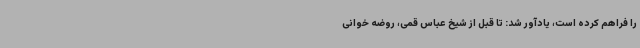
را فراهم کرده است، یادآور شد: تا قبل از شیخ عباس قمی، روضه خوانی